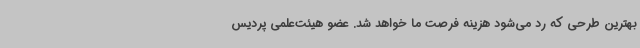
بهترین طرحی که رد می‌شود هزینه فرصت ما خواهد شد. عضو هیئت‌علمی پردیس